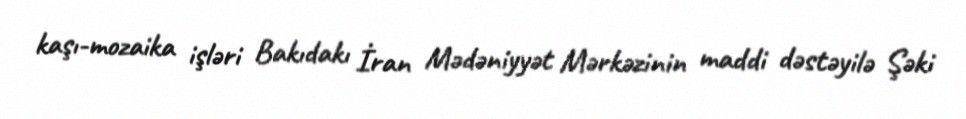
kaşı-mozaika işləri Bakıdakı İran Mədəniyyət Mərkəzinin maddi dəstəyilə Şəki